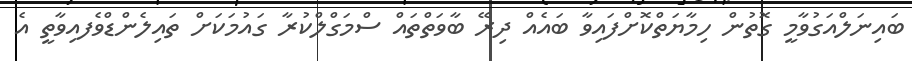
ބައިނަލްއަގުވާމީ ގޮތުން ހިމާޔަތްކޮށްފައިވާ ބައެއް ދިރޭ ބާވަތްތައް ސްމަގްލްކުރާ ގައުމަކަށް ތައިލެންޑްވެފއިވާތީ އެ